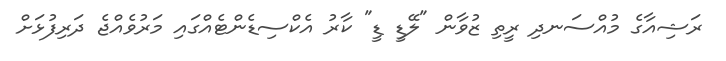
ރަޝިއާގެ މުއްސަނދި ރީތި ޒުވާން "ލޭޑީ ޑީ" ކާރު އެކްސިޑެންޓެއްގައި މަރުވެއްޖެ ދަރިފުޅަށް